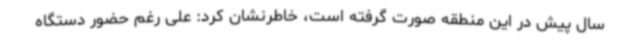
سال پیش در این منطقه صورت گرفته است، خاطرنشان کرد: علی رغم حضور دستگاه